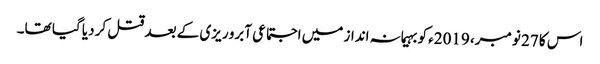
اس کا 27 نومبر، 2019ء کو بہیمانہ انداز میں اجتماعی آبرو ریزی کے بعد قتل کر دیا گیا تھا۔